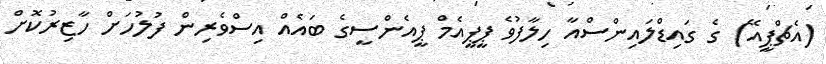
(އެޗްޕީއޭ) ގެ ގައިޑްލައިންސްއާ ހިލާފުވެ ޕީޕީއެމް ޕީއެންސީގެ ބައެއް އިސްވެރިން ފުލުހަށް ހާޒިރުކޮށް